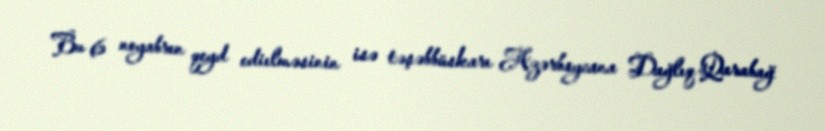
Bu 6 noyabrın qeyd ediılməsinin isə təşəbbüskarı Azərbaycana Dağlıq Qarabağ